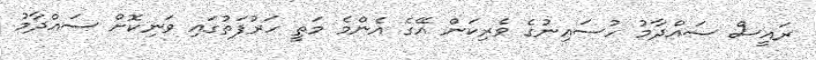
ރައީސް ސައްދާމު ހުސައިނުގެ ވެރިކަން އޭގެ އެންމެ މަތީ ހަރުފަތުގައި ވަނިކޮށް ސައްދާމު